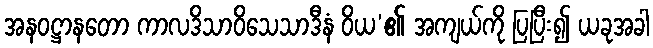
အနဝဋ္ဌာနတော ကာလဒိသာဝိသေသာဒီနံ ဝိယ’၏ အကျယ်ကို ပြပြီး၍ ယခုအခါ